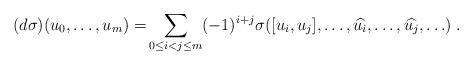
LaTeX: \begin{align*} (d\sigma)(u_0,\ldots, u_m) = & \sum_{0\leq i<j\leq m} (-1)^{i+j} \sigma( [u_i,u_j],\ldots, \widehat{u_i},\ldots, \widehat{u_j},\ldots) \; . \end{align*}